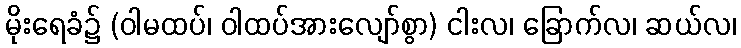
မိုးရေခံ၌ (ဝါမထပ်၊ ဝါထပ်အားလျော်စွာ) ငါးလ၊ ခြောက်လ၊ ဆယ်လ၊